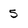
Character: 5